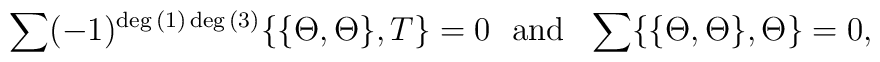
\sum (-1)^{\deg{(1)}\deg{(3)}}\{\{\Theta ,\Theta\},T\}=0~~\mbox{and}~~\sum \{\{\Theta ,\Theta\},\Theta\}=0,